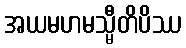
အယမဟမသ္မီတိပိဿ